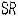
SR